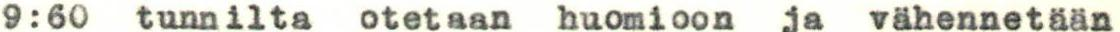
9:60 tunnilta otetaan huomioon ja vähennetään